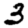
Digit: 3